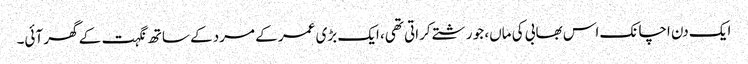
ایک دن اچانک اس بھابی کی ماں، جو رشتے کراتی تھی، ایک بڑی عمر کے مرد کے ساتھ نگہت کے گھر آئی۔